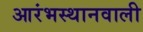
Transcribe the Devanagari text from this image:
आरंभस्थानवाली